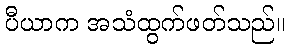
ပီယာက အသံထွက်ဖတ်သည်။